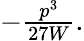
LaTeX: \textstyle-{\frac{p^{3}}{27W}}.